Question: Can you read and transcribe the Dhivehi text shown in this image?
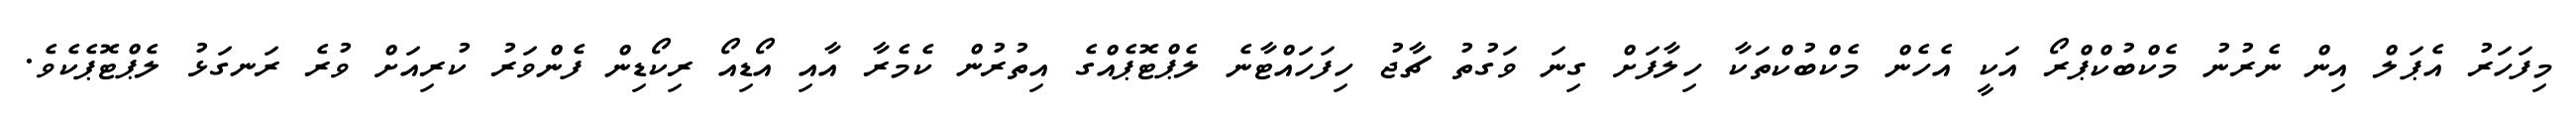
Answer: މިފަހަރު އެޕަލް އިން ނެރުނު މެކްބުކްޕްރޯ އަކީ އެހެން މެކްބުކްތަކާ ހިލާފަށް ގިނަ ވަގުތު ޗާޖު ހިފަހައްޓާނެ ލެޕްޓޮޕެއްގެ އިތުރުން ކެމެރާ އާއި އޯޑިއޯ ރިކޯޑިން ފެންވަރު ކުރިއަށް ވުރެ ރަނގަޅު ލެޕްޓޮޕެކެވެ.